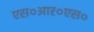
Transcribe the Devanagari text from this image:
एस०आर०एस०